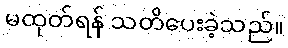
မထုတ်ရန် သတိပေးခဲ့သည်။